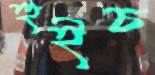
হুইচ